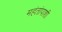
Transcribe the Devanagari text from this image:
महंतांपाशी